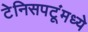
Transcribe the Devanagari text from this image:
टेनिसपटूंमध्ये